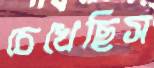
চেখেছিস